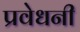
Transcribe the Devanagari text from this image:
प्रवेधनी